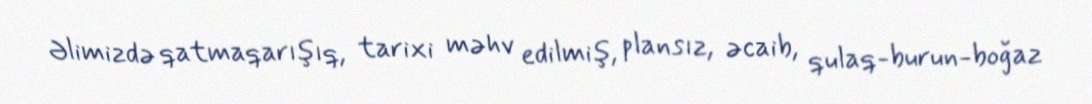
Əlimizdə qatmaqarışıq, tarixi məhv edilmiş, plansız, əcaib, qulaq-burun-boğaz